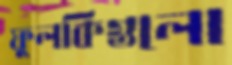
ফুলকিগুলো